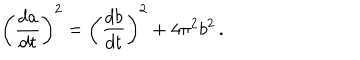
\left( { \frac { d a } { d t } } \right) ^ { 2 } = \left( { \frac { d b } { d t } } \right) ^ { 2 } + 4 \pi ^ { 2 } b ^ { 2 } \, .